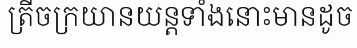
ត្រីចក្រយានយន្តទាំងនោះមានដូច